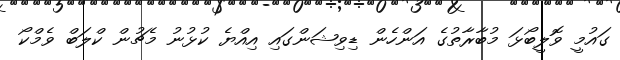
ގައުމީ ވޮލީބޯޅަ މުބާރާތުގެ އަންހެން ޑިވިޝަންގައި އިއްޔެ ކުޅުނު މެޗުން ކްލަބް ވެމްކޯ